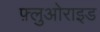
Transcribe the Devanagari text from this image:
फ़्लुओराइड